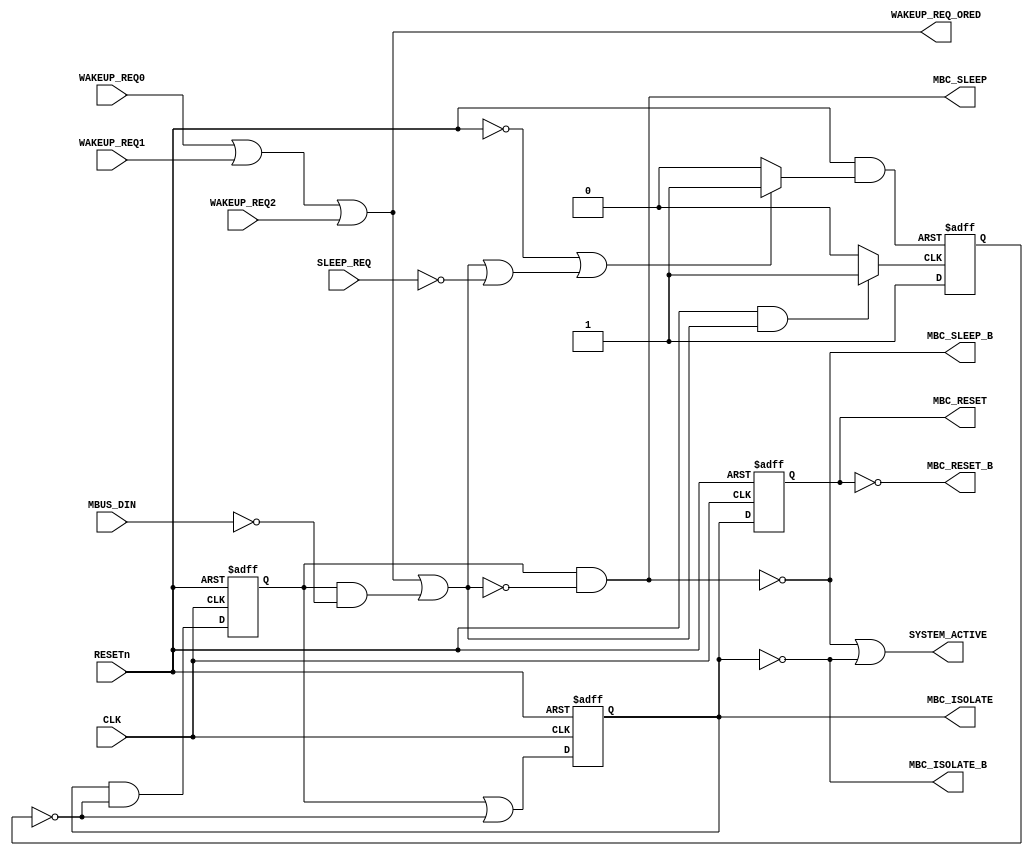
module SLEEP_CONTROLv4
  ( 
    output reg MBC_ISOLATE, 
    output     MBC_ISOLATE_B,
    output reg MBC_RESET,
    output     MBC_RESET_B,
    output     MBC_SLEEP,
    output     MBC_SLEEP_B,
    output     SYSTEM_ACTIVE,
    output     WAKEUP_REQ_ORED,
  
    input      CLK,
    input      MBUS_DIN,
    input      RESETn,
    input      SLEEP_REQ,
    input      WAKEUP_REQ0,
    input      WAKEUP_REQ1,
    input      WAKEUP_REQ2 
    );

   reg 	       set_tran_to_wake;
   reg 	       rst_tran_to_wake;	// act as tran to "sleep"

   assign      MBC_ISOLATE_B = ~MBC_ISOLATE;
   assign      MBC_RESET_B = ~MBC_RESET;
   reg 	       MBC_SLEEP_int;
   assign      MBC_SLEEP_B = ~MBC_SLEEP;
   
   reg 	       tran_to_wake;
   
   assign      SYSTEM_ACTIVE = MBC_SLEEP_B | MBC_ISOLATE_B;
   
   assign      WAKEUP_REQ_ORED	= WAKEUP_REQ0 | WAKEUP_REQ1 | WAKEUP_REQ2;
   

   // set_tran_to_wake
	always @ *
	begin
		if (RESETn & ( WAKEUP_REQ_ORED | ( MBC_SLEEP_int & ~MBUS_DIN )))	// Wake up if there is internal req or DIN pulled down
	     	set_tran_to_wake = 1'b1;
		else
   			set_tran_to_wake = 1'b0;
	end

   // rst_tran_to_wake
	always @ *
	begin
		if ((~RESETn) | ( WAKEUP_REQ_ORED | (MBC_SLEEP_int & ~MBUS_DIN) | ~SLEEP_REQ ))
			rst_tran_to_wake	<= 1'b1;	// reverse the edge, @ Ye-sheng
		else
			rst_tran_to_wake	<= 1'b0;
	end

	/*
   	// tran_to_wake
	always @ ( posedge rst_tran_to_wake or posedge set_tran_to_wake )
	begin
		if( rst_tran_to_wake ) 
	  		tran_to_wake	<= 1'b0;
		else if ( set_tran_to_wake ) 
	  		tran_to_wake	<= 1'b1;
		else
	  		tran_to_wake  <= tran_to_wake;
     end
	 */

	wire tran_to_wake_r = RESETn & rst_tran_to_wake;
	always @ (negedge tran_to_wake_r or posedge set_tran_to_wake)
	begin
		if (~tran_to_wake_r)
			tran_to_wake <= 1'b0;
		else
			tran_to_wake <= 1'b1;
	end

    // MBC_ISOLATE
	always @ ( negedge RESETn or posedge CLK )
	begin
		if( ~RESETn )
			MBC_ISOLATE	<= 1'b1;
		else 
			MBC_ISOLATE	<= (MBC_SLEEP_int | (~tran_to_wake));
	end

    // MBC_SLEEP
	always @ ( negedge RESETn or posedge CLK )
	begin
		if( ~RESETn )
			MBC_SLEEP_int	<= 1'b1;
		else
			MBC_SLEEP_int	<= (MBC_ISOLATE & (~tran_to_wake));
	end

   assign	MBC_SLEEP = MBC_SLEEP_int & ~ (WAKEUP_REQ_ORED | (MBC_SLEEP_int & ~MBUS_DIN) );

   // MBC_RESET
	always @ ( negedge RESETn or posedge CLK )
	begin
		if( ~RESETn )
	  		MBC_RESET	<= 1'b1;
		else
	   		MBC_RESET	<= MBC_ISOLATE;
	end
endmodule